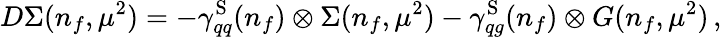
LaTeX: D\Sigma(n_{f},\mu^{2})=-\gamma_{qq}^{\mathrm{S}}(n_{f})\otimes\Sigma(n_{f},\mu^{2})-\gamma_{qg}^{\mathrm{S}}(n_{f})\otimes G(n_{f},\mu^{2})\, ,